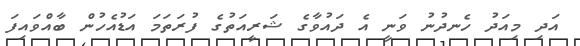
އަދި މިއަދު ހެނދުނު ވަނީ އެ ދައުވާގެ ޝަރީއަތުގެ ފުރަތަމަަ އަޑުއެހުން ބާއްވައިފަ